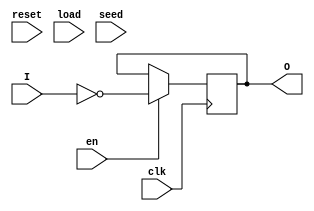
module randomizer(
input wire I,
input wire clk,
input wire reset,
input wire load,
input wire en,
input wire [14:0] seed,
output reg O
);

reg [14:0] Initial; // Shift Register
reg temp; // XOR result

assign Initial = 15'b011011100010101;

always @ (posedge clk) begin
// Reset
if (reset == 1) begin
	Initial <= 0;
end
// Load
if (load == 1) begin
	Initial <= seed;
end
// Enable
if (en == 1) begin
	temp = Initial[0] ^ Initial[1];
	Initial <= Initial >> 1; // shift right
	Initial[14] <= temp; // replace 
	O = temp ^ I; // DataOut
end

end

endmodule